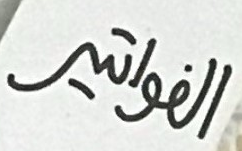
الفواتير